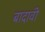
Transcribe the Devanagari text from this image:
बादावी